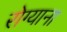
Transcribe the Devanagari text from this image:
रोग्याना